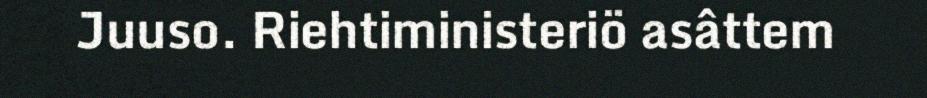
Juuso. Riehtiministeriö asâttem